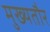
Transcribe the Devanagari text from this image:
मुख्‍यतौर